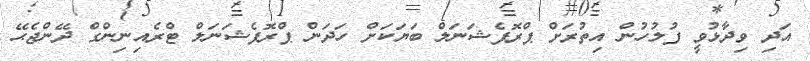
އަދި ވިދާޅުވީ ފުލުހުން އިތުރަށް ޕްރޮފެޝަނަލް ބަޔަކަށް ހަދަން ޕްރޮފެޝަނަލް ޓްރެއިނިންގް ދޭންޖެޙޭ